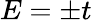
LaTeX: E=\pm t